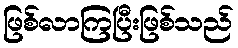
ဖြစ်လာကြပြီးဖြစ်သည်